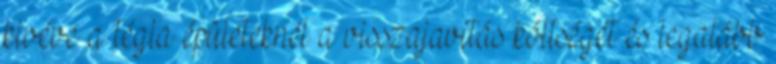
kivéve a tégla épületeknél a visszajavítás költségét és legalább